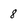
Character: 8